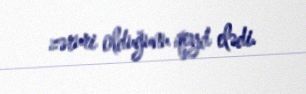
zəruri olduğunu qeyd elədi.